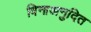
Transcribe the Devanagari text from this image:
विनाअनुदित